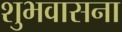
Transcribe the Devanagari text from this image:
शुभवासना